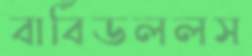
বার্বিডললস